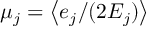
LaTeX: \mu _ { j } = \left< e _ { j } / ( 2 E _ { j } ) \right>